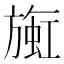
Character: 𬀒